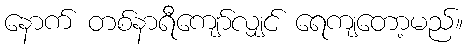
နောက် တစ်နာရီကျော်လျှင် ရေကျတော့မည်။